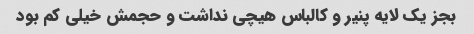
بجز یک لایه پنیر و کالباس هیچی نداشت و حجمش خیلی کم بود